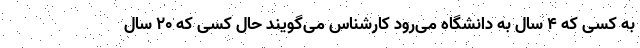
به کسی که ۴ سال به دانشگاه می‌رود کارشناس می‌گویند حال کسی که ۲۰ سال